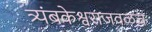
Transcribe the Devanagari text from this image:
त्र्यंबकेश्वराजवळच